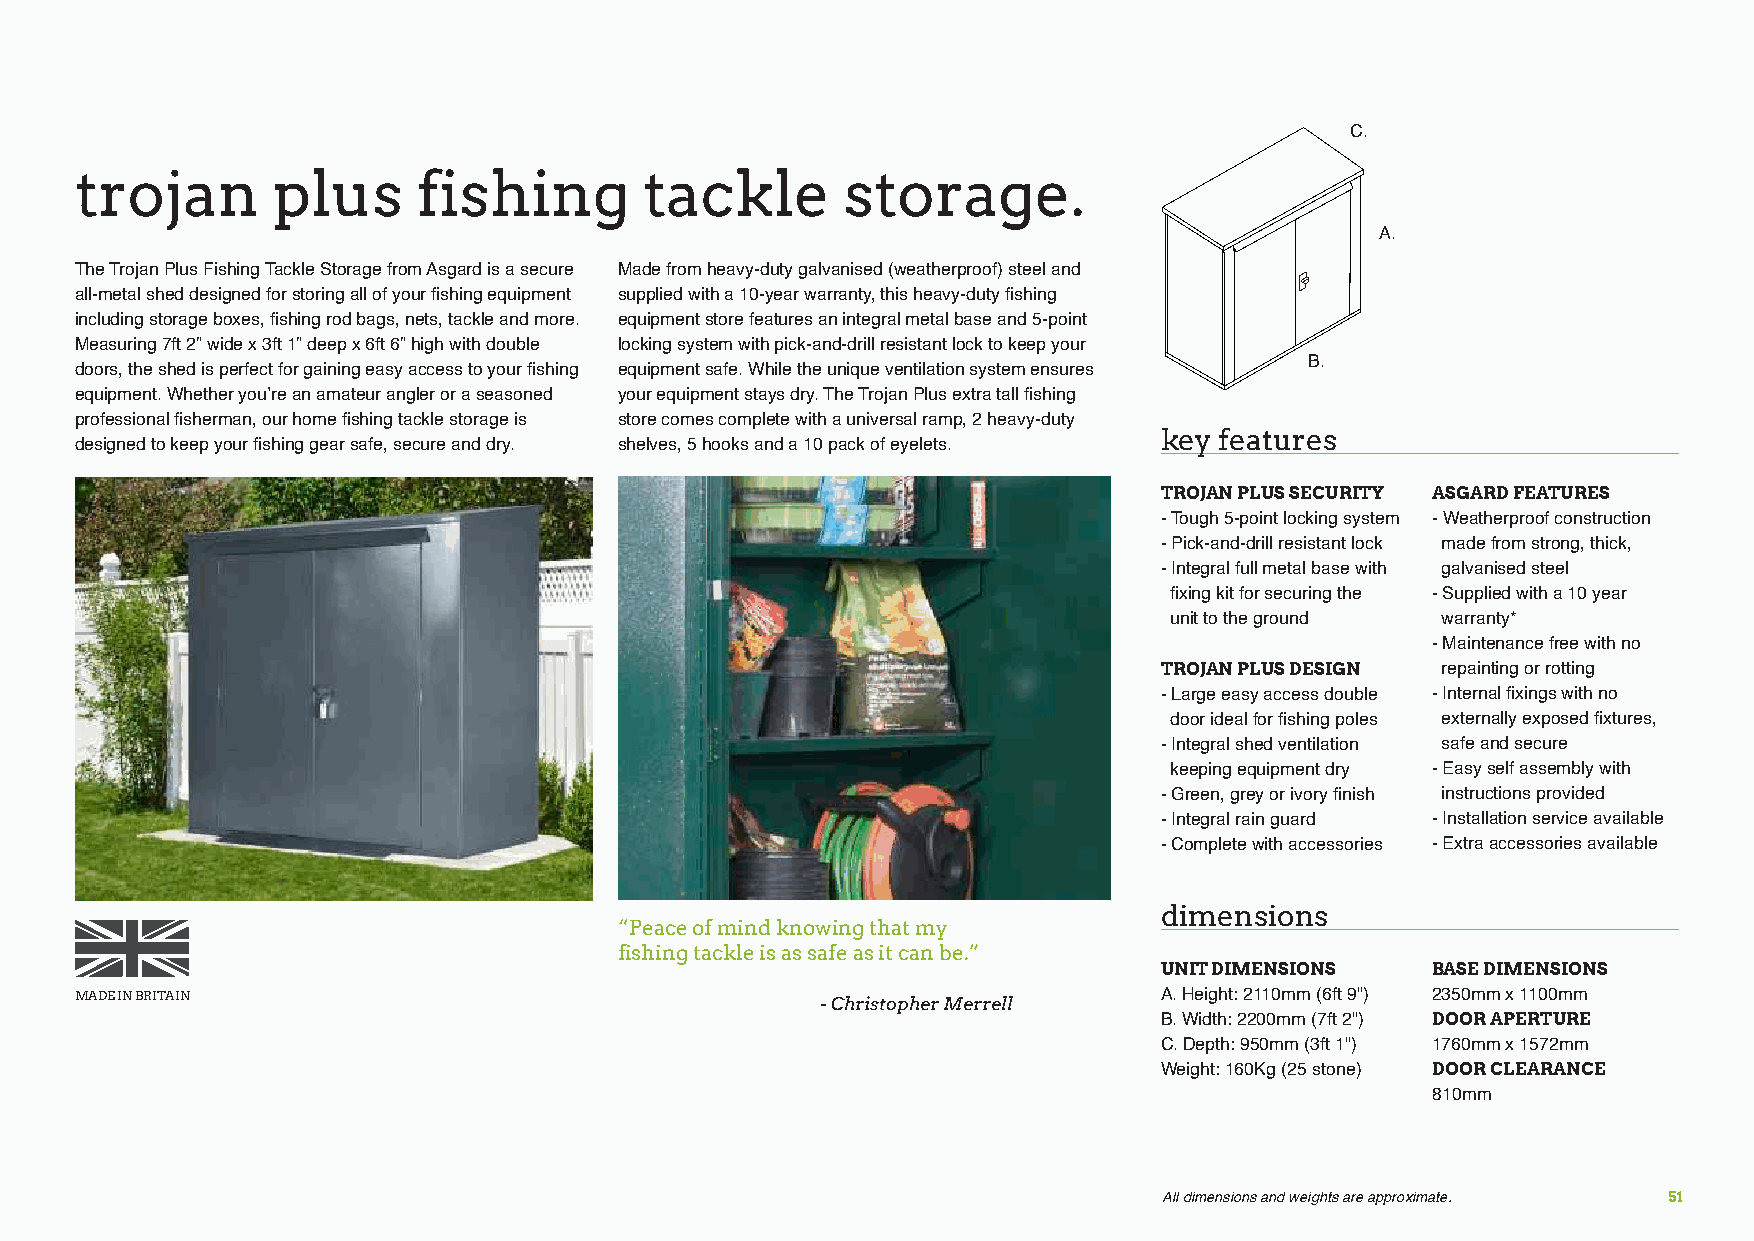
C.
 trojan       plus      fishing        tackle       storage.
 A.
 The Trojan Plus Fishing Tackle Storage from Asgard is a secure Made from heavy-duty galvanised (weatherproof) steel and
 all-metal shed designed for storing all of your fishing equipment supplied with a 10-year warranty, this heavy-duty fishing
 including storage boxes, fishing rod bags, nets, tackle and more. equipment store features an integral metal base and 5-point
 Measuring 7ft 2” wide x 3ft 1” deep x 6ft 6” high with double locking system with pick-and-drill resistant lock to keep your
 B.
 doors, the shed is perfect for gaining easy access to your fishing equipment safe. While the unique ventilation system ensures
 equipment. Whether you’re an amateur angler or a seasoned your equipment stays dry. The Trojan Plus extra tall fishing
 professional fisherman, our home fishing tackle storage is store comes complete with a universal ramp, 2 heavy-duty
 key features
 designed to keep your fishing gear safe, secure and dry. shelves, 5 hooks and a 10 pack of eyelets.
 TROJAN PLUS SECURITY ASGARD FEATURES
 - Tough 5-point locking system - Weatherproof construction
 - Pick-and-drill resistant lock made from strong, thick,
 - Integral full metal base with galvanised steel
 fixing kit for securing the - Supplied with a 10 year
 unit to the ground warranty*
 - Maintenance free with no
 TROJAN PLUS DESIGN repainting or rotting
 - Large easy access double - Internal fixings with no
 door ideal for fishing poles externally exposed fixtures,
 - Integral shed ventilation safe and secure
 keeping equipment dry - Easy self assembly with
 - Green, grey or ivory finish instructions provided
 - Integral rain guard - Installation service available
 - Complete with accessories - Extra accessories available
 dimensions
 “Peace of mind knowing that my
 fishing tackle is as safe as it can be.”
 UNIT DIMENSIONS   BASE DIMENSIONS
 MADE IN BRITAIN                                  - Christopher Merrell  A. Height: 2110mm (6ft 9") 2350mm x 1100mm
 B. Width: 2200mm (7ft 2") DOOR APERTURE
 C. Depth: 950mm (3ft 1") 1760mm x 1572mm
 Weight: 160Kg (25 stone) DOOR CLEARANCE
 810mm
 All dimensions and weights are approximate. 51